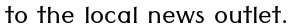
to the local news outlet.